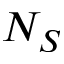
N _ { S }